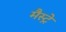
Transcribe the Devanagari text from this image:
मैस्ट्रे